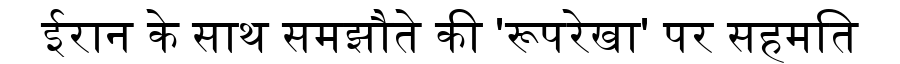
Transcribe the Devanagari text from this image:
ईरान के साथ समझौते की 'रूपरेखा' पर सहमति